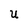
Character: U